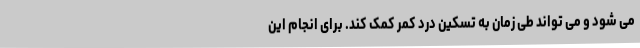
می شود و می تواند طی زمان به تسکین درد کمر کمک کند. برای انجام این